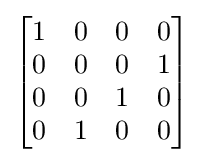
{\begin{bmatrix}1&0&0&0\\0&0&0&1\\0&0&1&0\\0&1&0&0\end{bmatrix}}